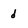
Character: d